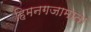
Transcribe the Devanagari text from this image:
हिमनगजामाता